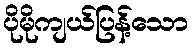
ပိုမိုကျယ်ပြန့်သော